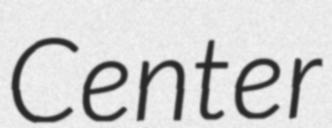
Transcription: Center